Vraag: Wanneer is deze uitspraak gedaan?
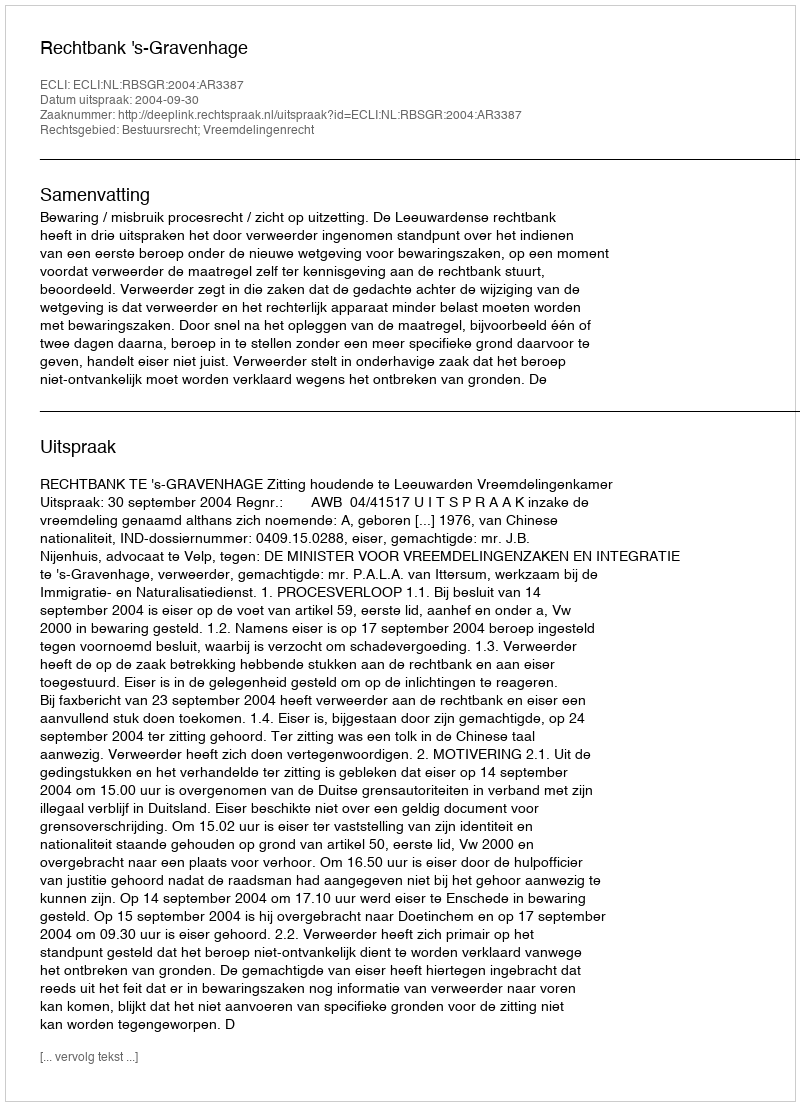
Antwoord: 2004-09-30